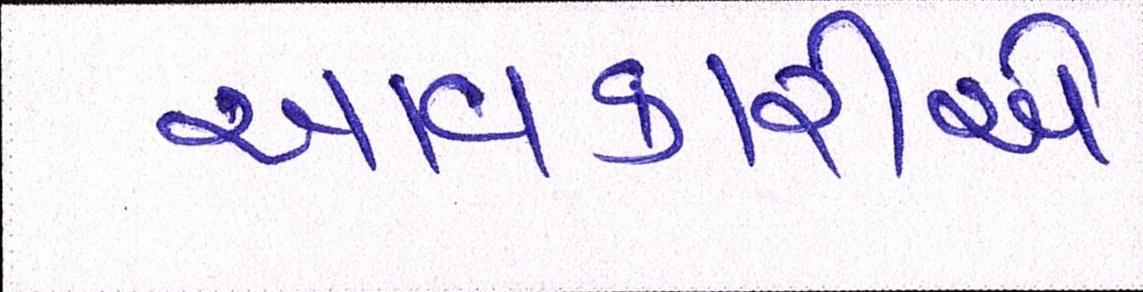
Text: આવકારીએ